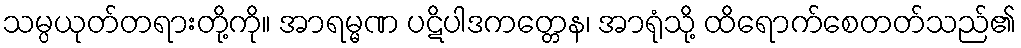
သမ္ပယုတ်တရားတို့ကို။ အာရမ္မဏ ပဋိပါဒကတ္တေန၊ အာရုံသို့ ထိရောက်စေတတ်သည်၏